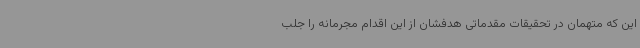
این که متهمان در تحقیقات مقدماتی هدفشان از این اقدام مجرمانه را جلب